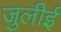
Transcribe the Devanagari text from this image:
जुलीई